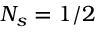
N _ { s } = 1 / 2